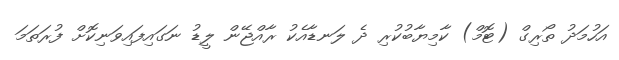
އަހުމަދު ތޯރިގް (ޓޮމް) ކާމިޔާބުކުރި ދެ ލަނޑާއެކު ރާއްޖޭން ލީޑު ނަގައިފައިވަނިކޮށް ފުރަތަމަ